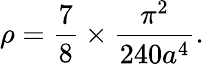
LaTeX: \rho=\frac{7}{8}\times\frac{\pi^{2}}{240a^{4}}.